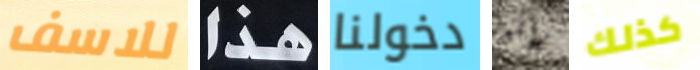
للاسف هذا دخولنا رائع كذلك